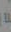
يا